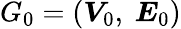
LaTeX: G_{0}=(\boldsymbol{V}_{0},\ \boldsymbol{E}_{0})